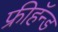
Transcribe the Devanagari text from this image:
फ्रीहॅन्ड